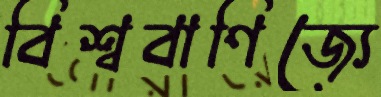
বিশ্ববাণিজ্যে